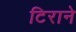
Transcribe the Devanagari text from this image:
टिराने